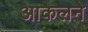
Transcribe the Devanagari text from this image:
आकलने